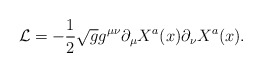
\begin{align*}{\cal L}=-\frac{1}{2}\sqrt{g}g^{\mu\nu}\partial_{\mu}X^{a}(x)\partial_{\nu}X^{a}(x).\end{align*}